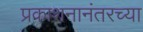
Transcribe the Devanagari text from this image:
प्रकाशनानंतरच्या